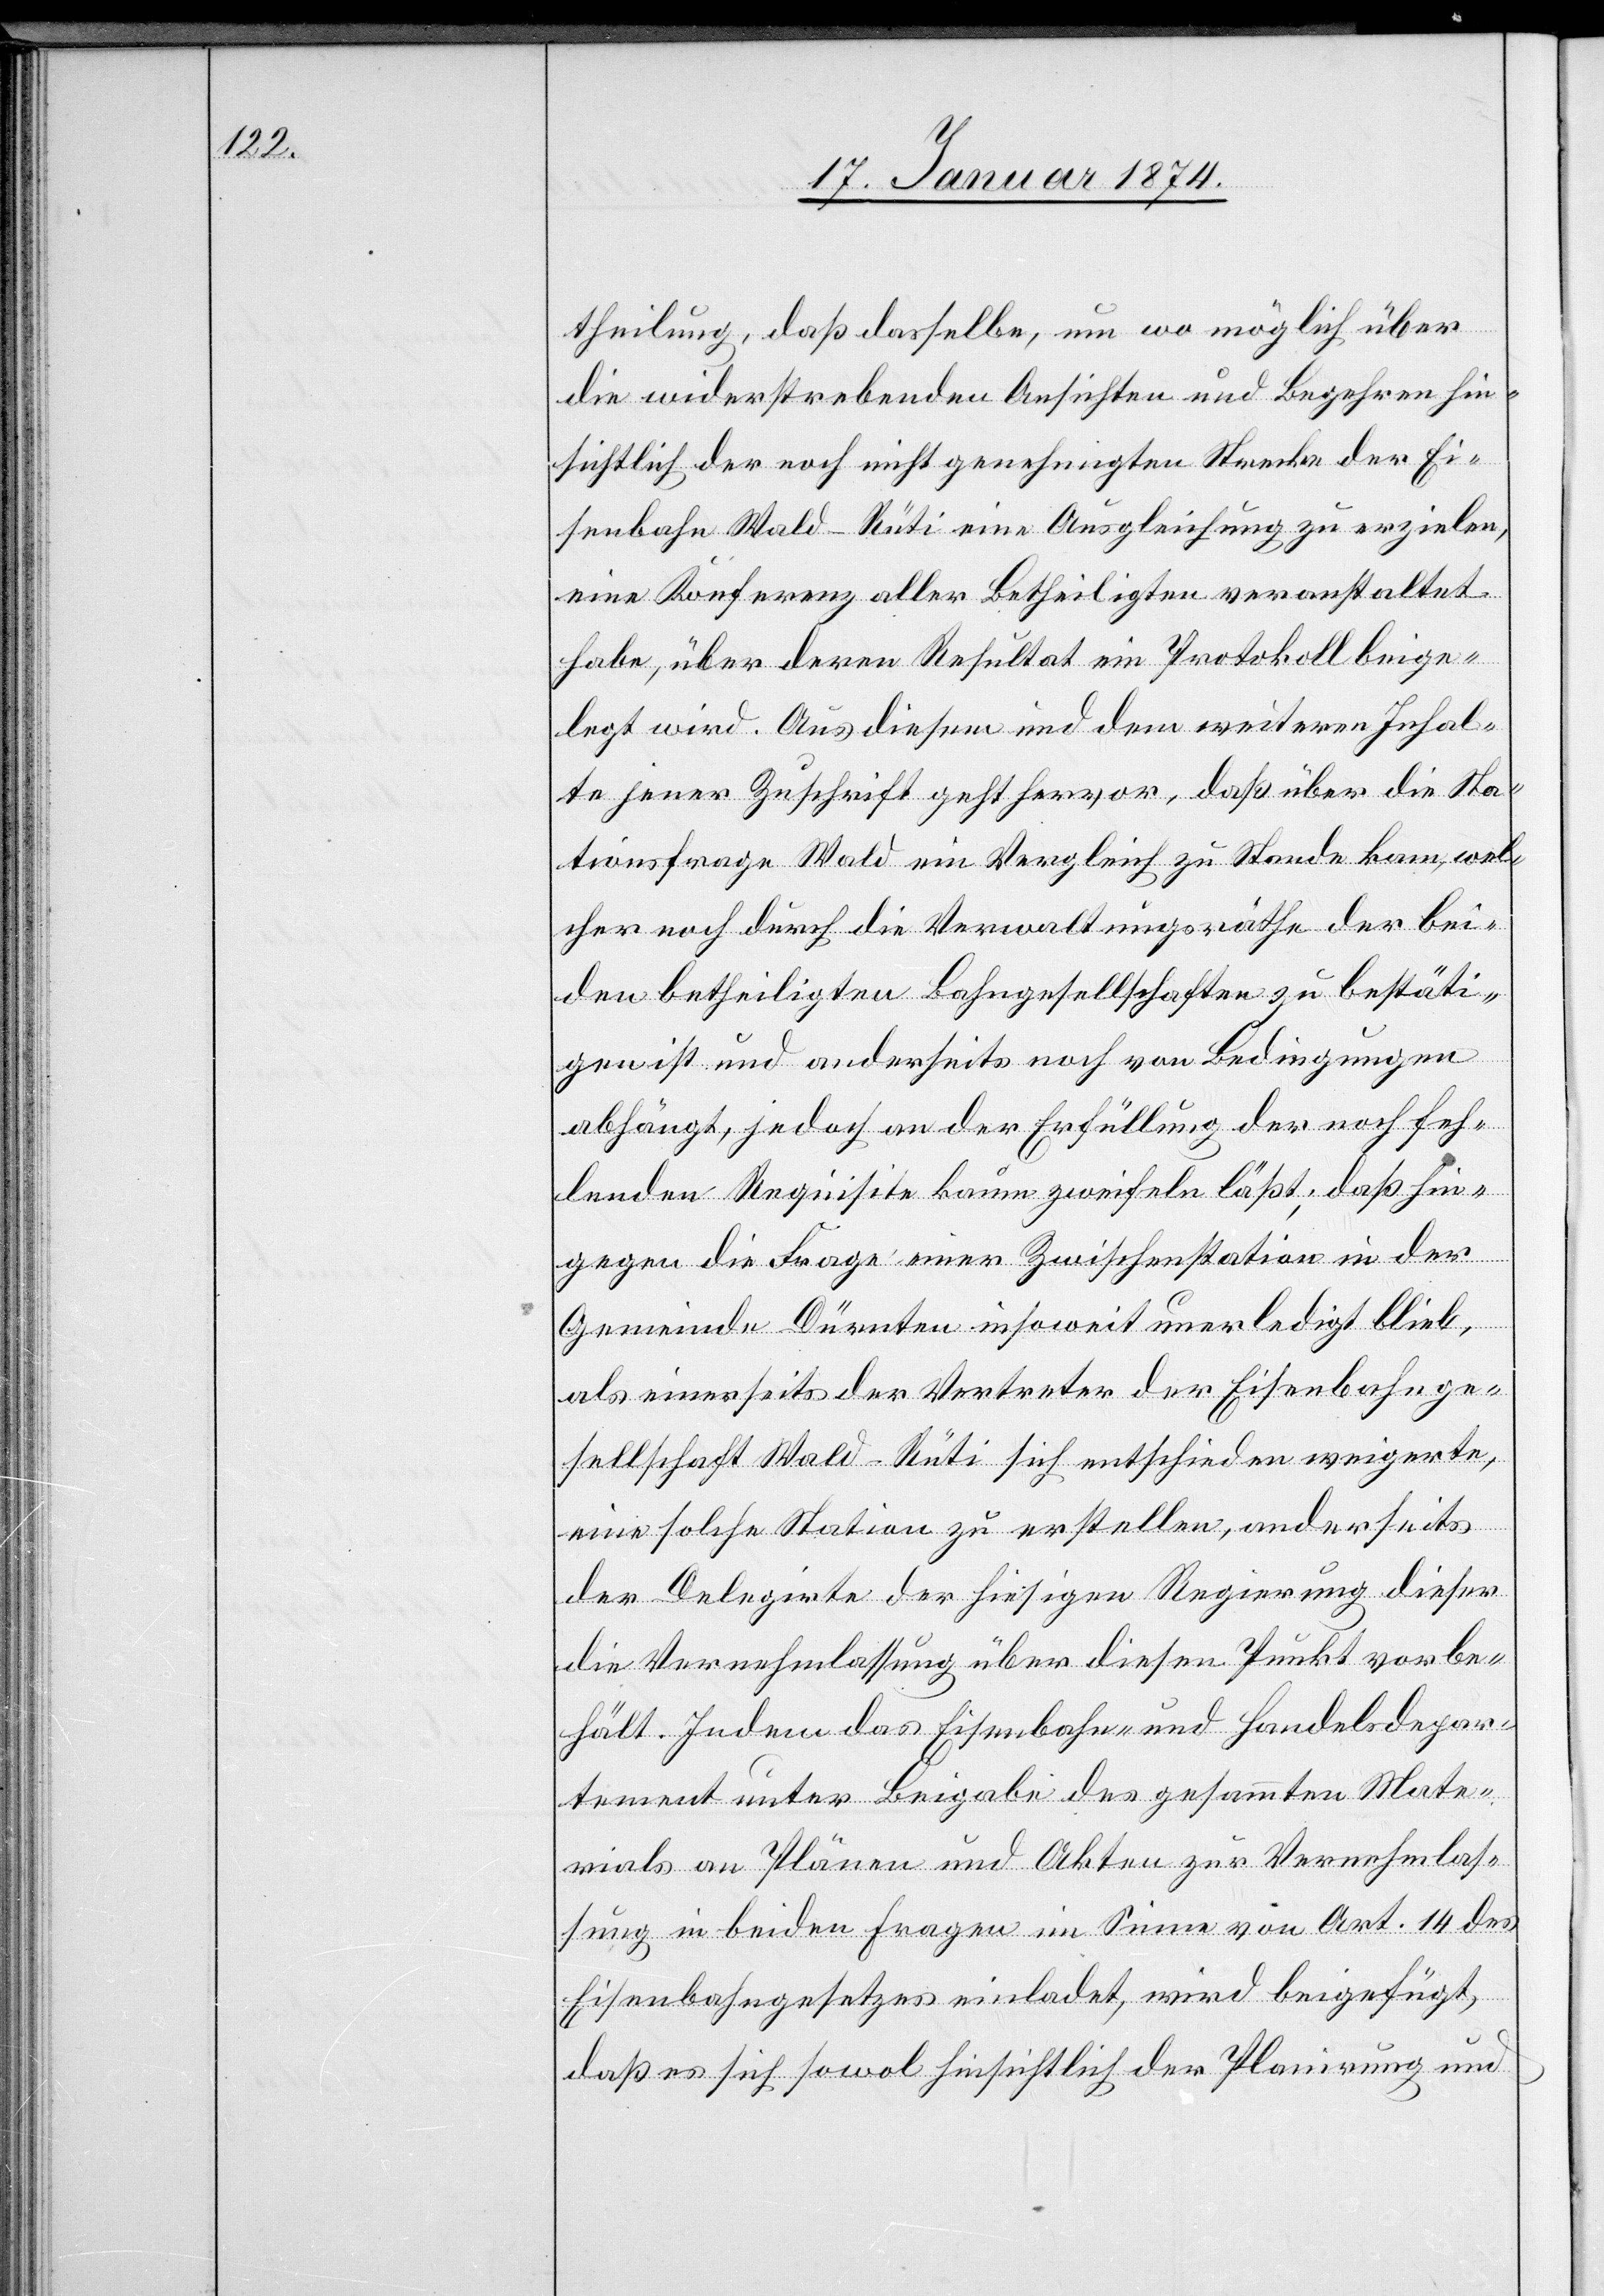
theilung, daß dasselbe, um wo möglich über
die widerstrebenden Ansichten und Begehren hin¬
sichtlich der noch nicht genehmigten Strecke der Ei¬
senbahn Wald-Rüti eine Ausgleichung zu erzielen,
eine Konferenz aller Betheiligten veranstaltet
habe, über deren Resultat ein Protokoll beige¬
legt wird. Aus diesem und dem weitern Inhal¬
te jener Zuschrift geht hervor, daß über die Sta¬
tionsfrage Wald ein Vergleich zu Stande kam, wel¬
cher noch durch die Verwaltungsräthe der bei¬
den betheiligten Bahngesellschaften zu bestäti¬
gen ist und anderseits noch von Bedingungen
abhängt, jedoch an der Erfüllung der noch feh¬
lenden Requisite kaum zweifeln läßt, daß hin¬
gegen die Frage einer Zwischenstation in der
Gemeinde Dürnten insoweit unerledigt blieb,
als einerseits der Vertreter der Eisenbahnge¬
sellschaft Wald–Rüti sich entschieden weigerte,
eine solche Station zu erstellen, anderseits
der Delegirte der hiesigen Regierung dieser
die Vernehmlassung über diesen Punkt vorbe¬
hält. Indem das Eisenbahn- und Handelsdepar¬
tement unter Beigabe des gesammten Mate¬
rials an Plänen und Akten zur Vernehmlas¬
sung in beiden Fragen im Sinne von Art. 14 des
Eisenbahngesetzes einladet, wird beigefügt,
daß es sich sowol hinsichtlich der Planirung und